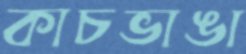
কাচভাঙা